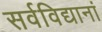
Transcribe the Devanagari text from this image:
सर्वविद्यानां